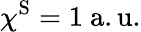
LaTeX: \chi^{\mathrm{S}}=1\ \mathrm{a.u.}